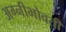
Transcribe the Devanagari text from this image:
अग्नीभोवती